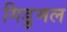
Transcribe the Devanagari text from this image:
गिडुमल